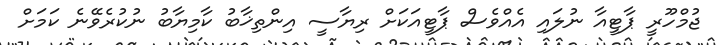
ޖުމްހޫރީ ޕާޓީއާ ނުލައި އެއްވެސް ޕާޓީއަކަށް ރިޔާސީ އިންތިޚާބު ކާމިޔާބު ނުކުރެވޭނެ ކަމަށް